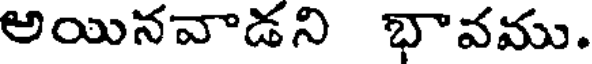
అయినవాడని భావము.